Riigikohus_(kohtuotsuste_protokollid), lk 18
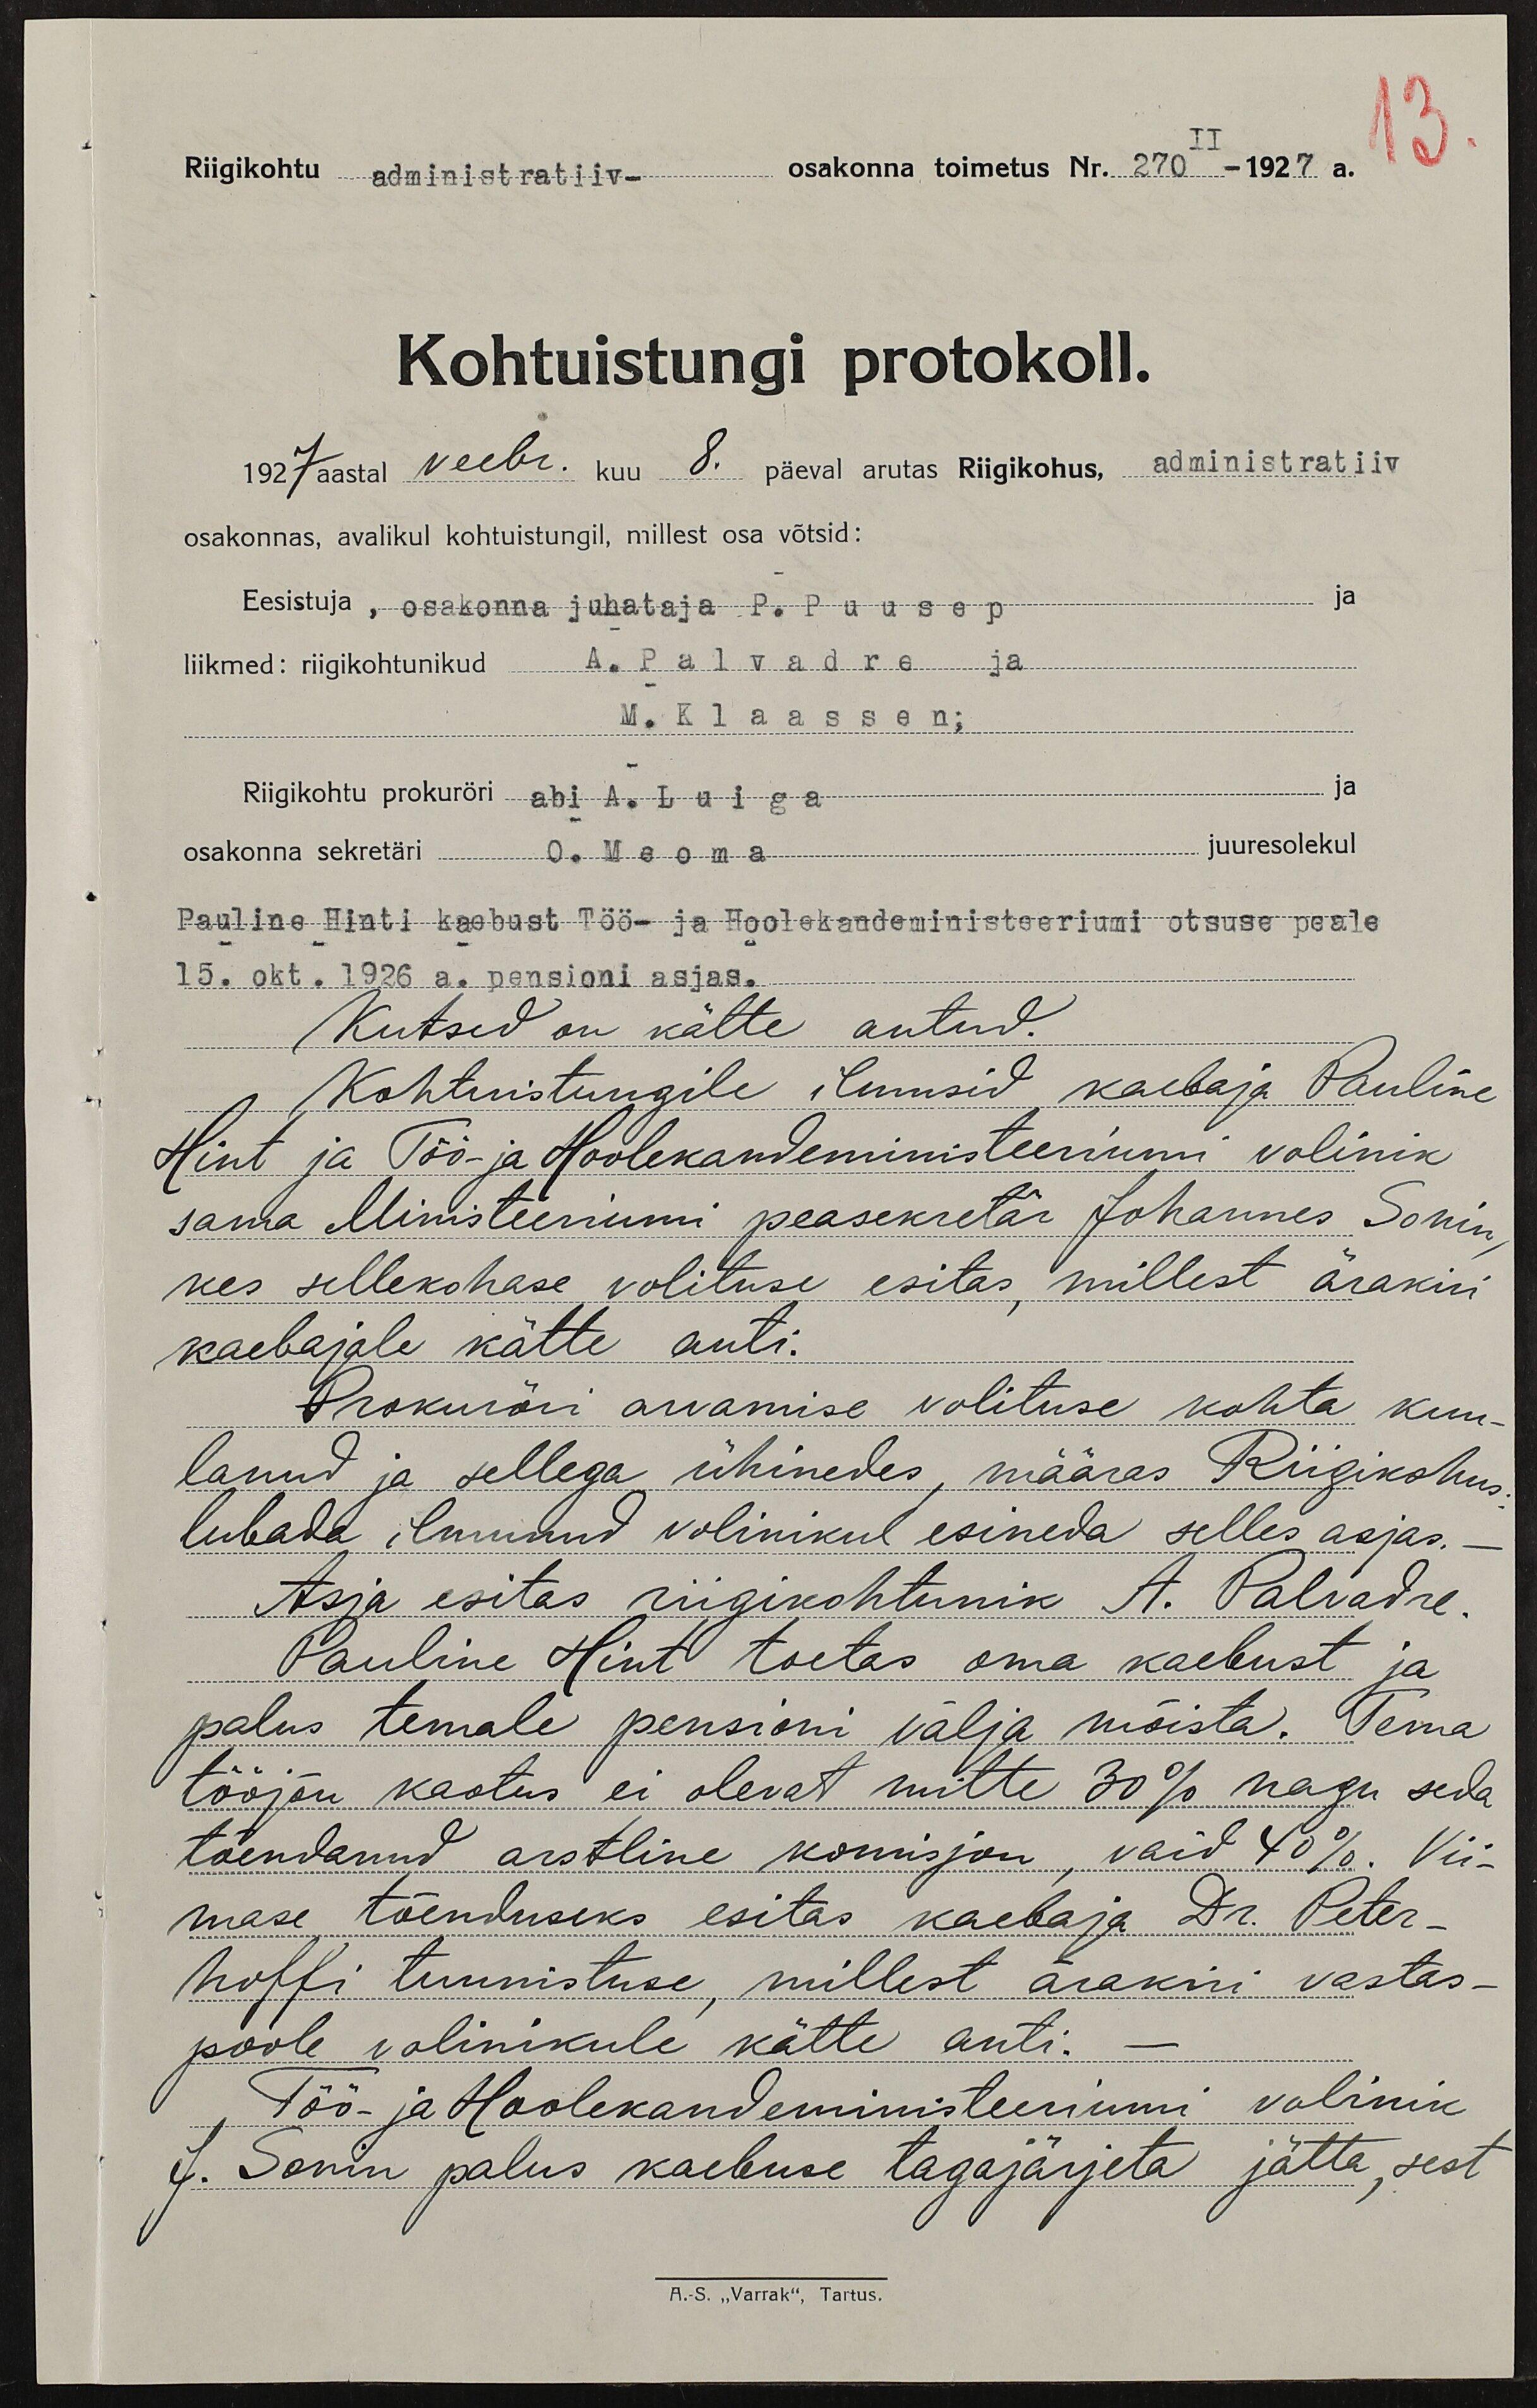
Riigikohtu administratiiv- osakonna toimetus Nr. 270-1927 a.
Kohtuistungi protokoll.
1927 aastal veebr. kuu 8. päeval arutas Riigikohus, administratiiv
osakonnas, avalikul kohtuistungil, millest osa võtsid:
Eesistuja, osakonna juhataja P.Puusep
liikmed: riigikohtunikud A. Palvadre ja
M. Klaassen;
ja
Riigikohtu prokuröri abi A. Luiga
juuresolekul
osakonna sekretäri O. Maoma
Pauline Hinti kaebust Töö- ja Hoolekandeministeeriumi otsuse peale
15. okt.1926 a. pensioni asjas.
Kutsed on kätte antud.
Kohtustungile ilmusid kaebaja Pauline
Hint ja Töö- ja Hoolekandeministeeriumi volinik
sama Ministeeriumi peasekretär Johannes Sonin
kes sellekohase volituse esitas, millest ärakiri
kaebajale kätte anti.
Prokuröri arvamise volituse kohta kuu-
lanud ja sellega ühinedes, määras Riigikohus
lubada ilmunud volinikul esineda selle asjas.
Asja esitas riigikohtunik A. Palvadre
Pauline Hint toetas oma kaebust ja
palus temale pensioni välja mõista. Tema
tööjõu kaotus ei olevat mitte 30% nagu seda
tõendanud arstline komisjon, vaid 40%. Vii-
mase tõenduse esitas kaebaja Dr. Peter-
hoffi tunnistuse, millest ärakini vastas-
poole volinikule kätte anti.
Töö- ja Hoolekandeministeeriumi volinik
J. Sonin palus kaebuse tagajärjeta jätta, sest
A.-S. "Varrak", Tartus.